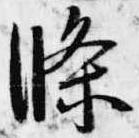
条